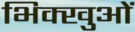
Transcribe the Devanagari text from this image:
भिक्खुओं